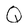
Character: Q